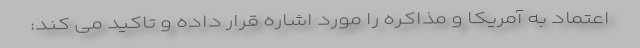
اعتماد به آمریکا و مذاکره را مورد اشاره قرار داده و تاکید می کند: